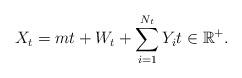
LaTeX: \begin{align*} X_{t} = mt + W_{t} + \sum_{i=1}^{N_{t}}Y_{i} t\in \mathbb{R}^{+}.\end{align*}